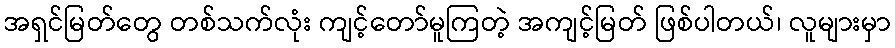
အရှင်မြတ်တွေ တစ်သက်လုံး ကျင့်တော်မူကြတဲ့ အကျင့်မြတ် ဖြစ်ပါတယ်၊ လူများမှာ